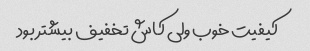
کیفیت خوب ولی کاش تخفیف بیشتر بود